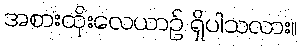
အစားထိုးလေယာဉ် ရှိပါသလား။